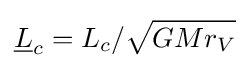
{\underline {L}}_{c}=L_{c}/{\sqrt {GMr_{V}}}